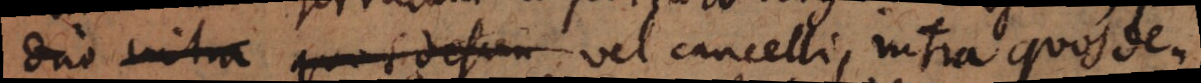
duo intra quos descen vel cancelli, intra quos de-